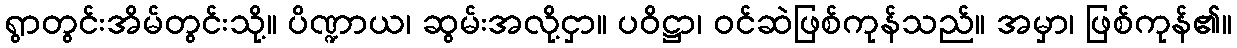
ရွာတွင်းအိမ်တွင်းသို့။ ပိဏ္ဍာယ၊ ဆွမ်းအလို့ငှာ။ ပဝိဋ္ဌာ၊ ဝင်ဆဲဖြစ်ကုန်သည်။ အမှာ၊ ဖြစ်ကုန်၏။